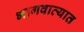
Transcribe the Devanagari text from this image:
भागवाव्यात